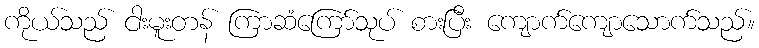
ကိုယ်သည် ငါးမူးတန် ကြာဆံကြော်သုပ် စားပြီး ကျောက်ကျောသောက်သည်။